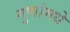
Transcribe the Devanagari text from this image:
गुणांमधे